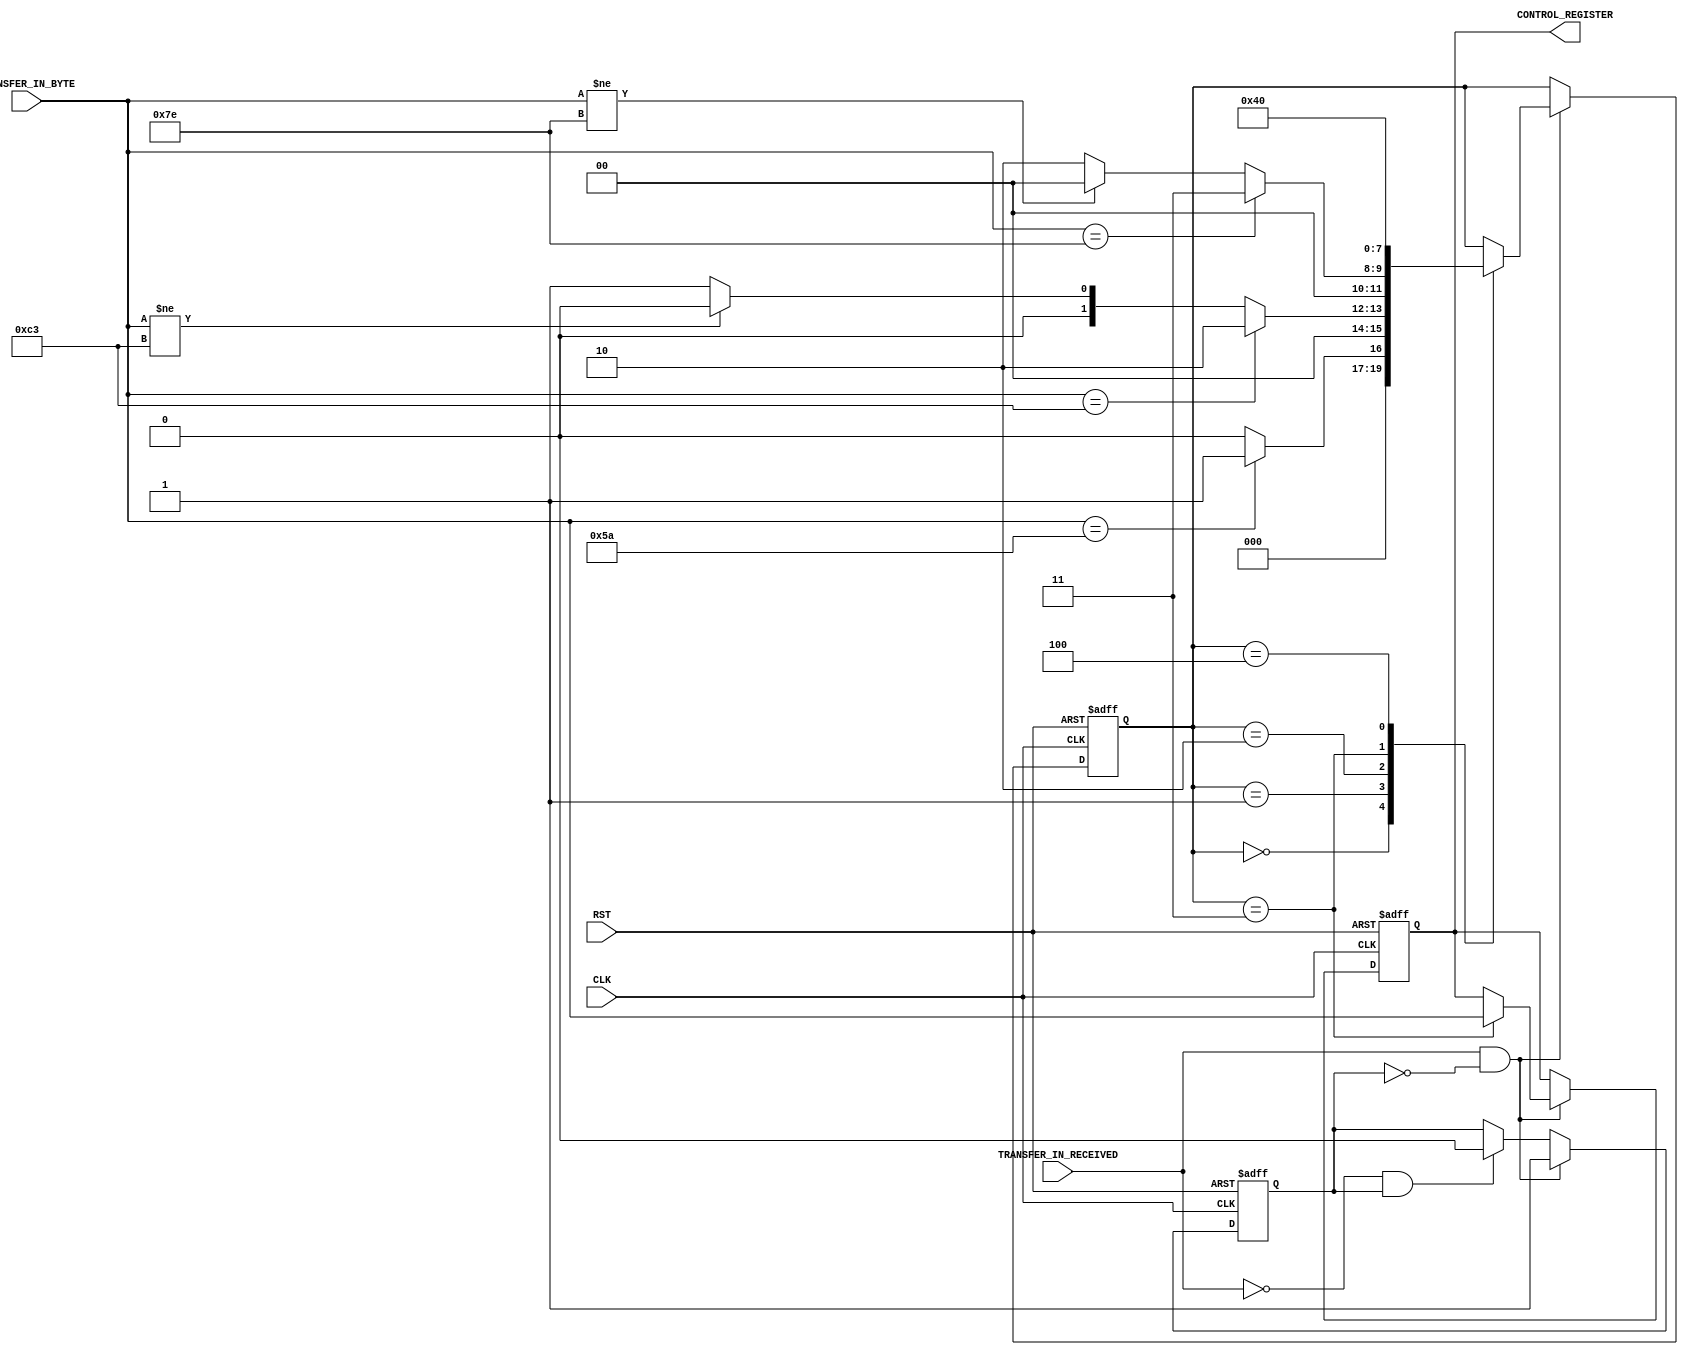
/******************************************************
 * $Workfile::                                       
 * $Author::                                         
 * $Date::                                           
 * $Revision::                                       
 *
 *
 * This header files defines the input/output
******************************************************/
`timescale 1 ns / 10 ps

module active_control_register
  (
   input wire                  CLK,
   input wire                  RST,
   input wire                  TRANSFER_IN_RECEIVED,
   input wire [7:0]            TRANSFER_IN_BYTE,

   output reg  [7:0]           CONTROL_REGISTER
   );

   //-----------------------------------------------
   // Parameters
   //-----------------------------------------------

   //Header Bytes for the Transfer Loopback detection
   parameter                   TRANSFER_CONTROL_BYTE1 = 8'h5A;
   parameter                   TRANSFER_CONTROL_BYTE2 = 8'hC3;
   parameter                   TRANSFER_CONTROL_BYTE3 = 8'h7E;
   
   //State Machine Transfer Loopback detection
   parameter                   TRANSFER_CONTROL_IDLE = 0,
			                   TRANSFER_CONTROL_HDR1 = 1,
			                   TRANSFER_CONTROL_HDR2 = 2,
			                   TRANSFER_DECODE_BYTE   = 3,
			                   TRANSFER_CONTROL_SET  = 4;

//***************************************************************************
//* Internal Signals and Registers Declarations
//***************************************************************************

	reg                        transfer_in_received_reg;
	reg  [3:0]                 transfer_control_state;
   
   //-----------------------------------------------
   // State Machine: Control Register from Transfer In 
   //-----------------------------------------------
    always @(posedge CLK or negedge RST) 
	begin
	     if (!RST)
		 begin
			 transfer_in_received_reg <= 1'b0;
			 transfer_control_state <= TRANSFER_CONTROL_IDLE;
			 CONTROL_REGISTER <= 0;
		 end 
		 else 
		 begin 
		     if(TRANSFER_IN_RECEIVED & !transfer_in_received_reg)
			 begin
			     transfer_in_received_reg <= 1'b1;
		         case(transfer_control_state)
			     TRANSFER_CONTROL_IDLE:
		             if((TRANSFER_IN_BYTE == TRANSFER_CONTROL_BYTE1))
			             transfer_control_state <= TRANSFER_CONTROL_HDR1;
				     else if((TRANSFER_IN_BYTE != TRANSFER_CONTROL_BYTE1))
			             transfer_control_state <= TRANSFER_CONTROL_IDLE;
				     else
				         transfer_control_state <= TRANSFER_CONTROL_IDLE;
			     TRANSFER_CONTROL_HDR1:
		             if((TRANSFER_IN_BYTE == TRANSFER_CONTROL_BYTE2))
			             transfer_control_state <= TRANSFER_CONTROL_HDR2;
				     else if((TRANSFER_IN_BYTE != TRANSFER_CONTROL_BYTE2))
			             transfer_control_state <= TRANSFER_CONTROL_IDLE;
				     else
				         transfer_control_state <= TRANSFER_CONTROL_HDR1;
			     TRANSFER_CONTROL_HDR2:
		             if((TRANSFER_IN_BYTE == TRANSFER_CONTROL_BYTE3))
			             transfer_control_state <= TRANSFER_DECODE_BYTE;
				     else if((TRANSFER_IN_BYTE != TRANSFER_CONTROL_BYTE3))
			             transfer_control_state <= TRANSFER_CONTROL_IDLE;
				     else
				         transfer_control_state <= TRANSFER_CONTROL_HDR2;
			     TRANSFER_DECODE_BYTE:
			     begin
					 CONTROL_REGISTER <= TRANSFER_IN_BYTE;
			         transfer_control_state <= TRANSFER_CONTROL_SET;
				 end
			     TRANSFER_CONTROL_SET:
			     begin
			         transfer_control_state <= TRANSFER_CONTROL_IDLE;
				 end
			     endcase
			 end
			 else if(!TRANSFER_IN_RECEIVED & transfer_in_received_reg)
			     transfer_in_received_reg <= 1'b0;
         end
	end	 
endmodule